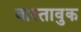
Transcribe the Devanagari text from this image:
वास्तावुक